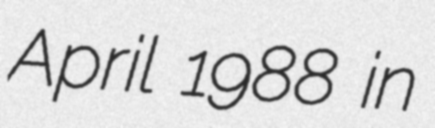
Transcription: April 1988 in